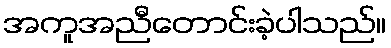
အကူအညီတောင်းခဲ့ပါသည်။